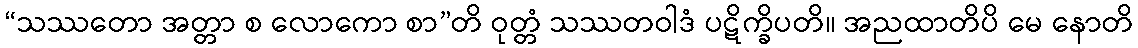
“သဿတော အတ္တာ စ လောကော စာ”တိ ဝုတ္တံ သဿတဝါဒံ ပဋိက္ခိပတိ။ အညထာတိပိ မေ နောတိ